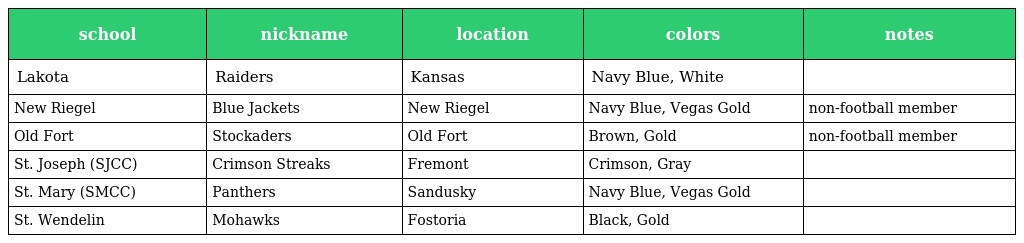
| school | nickname | location | colors | notes |
 | --- | --- | --- | --- | --- |
 | Lakota | Raiders | Kansas | Navy Blue, White |  |
 | New Riegel | Blue Jackets | New Riegel | Navy Blue, Vegas Gold | non-football member |
 | Old Fort | Stockaders | Old Fort | Brown, Gold | non-football member |
 | St. Joseph (SJCC) | Crimson Streaks | Fremont | Crimson, Gray |  |
 | St. Mary (SMCC) | Panthers | Sandusky | Navy Blue, Vegas Gold |  |
 | St. Wendelin | Mohawks | Fostoria | Black, Gold |  |